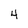
Character: 4